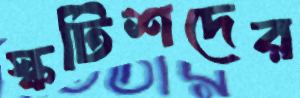
স্কটিশদের